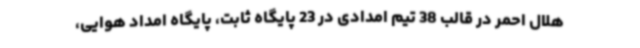
هلال احمر در قالب 38 تیم امدادی در 23 پایگاه ثابت، پایگاه امداد هوایی،